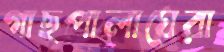
গাছপালাঘেরা